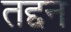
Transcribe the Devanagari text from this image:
तद्दन